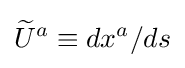
{\widetilde {U}}^{a}\equiv dx^{a}/ds